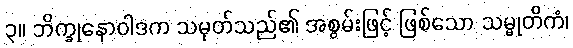
၃။ ဘိက္ခုနောဝါဒက သမုတ်သည်၏ အစွမ်းဖြင့် ဖြစ်သော သမ္မုတိကံ၊